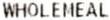
WHOLEMEAL